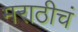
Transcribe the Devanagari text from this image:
मराठीचं